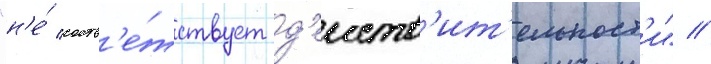
"н'е́ соотв'е́тствует д'еиств'ит'ельност'и" //